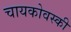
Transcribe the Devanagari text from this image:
चायकोवस्की